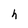
Character: h